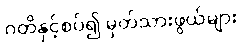
ဂတိနှင့်စပ်၍ မှတ်သားဖွယ်များ